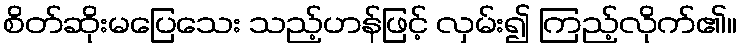
စိတ်ဆိုးမပြေသေး သည့်ဟန်ဖြင့် လှမ်း၍ ကြည့်လိုက်၏။